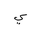
Letter: _ya